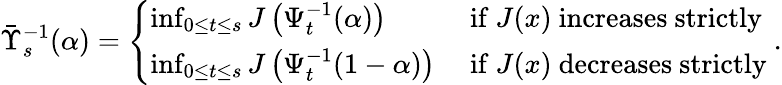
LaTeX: \bar{\Upsilon}_{s}^{-1}(\alpha)=\left\{ \begin{array}{ll}{\operatorname*{inf}_{0\leq t\leq s}J\left(\Psi_{t}^{-1}(\alpha)\right)}&{\mathrm{~if~}J(x)\mathrm{~increases~strictly~}}\\ {\operatorname*{inf}_{0\leq t\leq s}J\left(\Psi_{t}^{-1}(1-\alpha)\right)}&{\mathrm{~if~}J(x)\mathrm{~decreases~strictly~}}\end{array}\right..